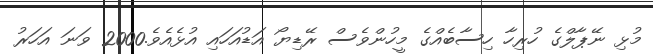
މުޅި ނޭޕާލްގެ ހުރިހާ ހިސާބެއްގެ މީހުންވެސް ރޭޑިޔޯ އަޑުއަހައި އުޅެއެވެ.2000 ވަނަ އަހަރު